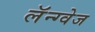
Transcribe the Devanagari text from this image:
लॅन्ग्वेज